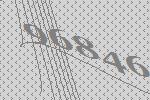
96846